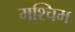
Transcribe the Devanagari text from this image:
मश्चिम